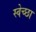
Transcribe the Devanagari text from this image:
स्‍वेच्‍छा